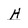
Character: H